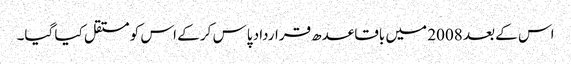
اس کے بعد 2008 میں باقاعدھ قرارداد پاس کر کے اس کو مستقل کیا گیا۔